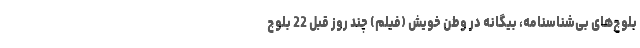
بلوچ‌های بی‌شناسنامه، بیگانه در وطن خویش (فیلم) چند روز قبل 22 بلوچ